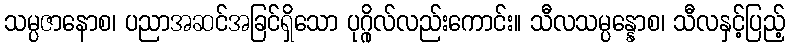
သမ္ပဇာနောစ၊ ပညာအဆင်အခြင်ရှိသော ပုဂ္ဂိုလ်လည်းကောင်း။ သီလသမ္ပန္နောစ၊ သီလနှင့်ပြည့်